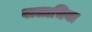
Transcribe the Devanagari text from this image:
वालाचिया